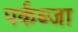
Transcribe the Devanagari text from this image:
पर्कब्जा